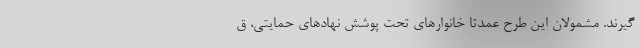
گیرند. مشمولان این طرح عمدتا خانوارهای تحت پوشش نهادهای حمایتی، ق